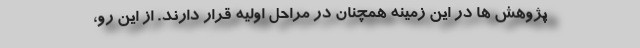
پژوهش ها در این زمینه همچنان در مراحل اولیه قرار دارند. از این رو،